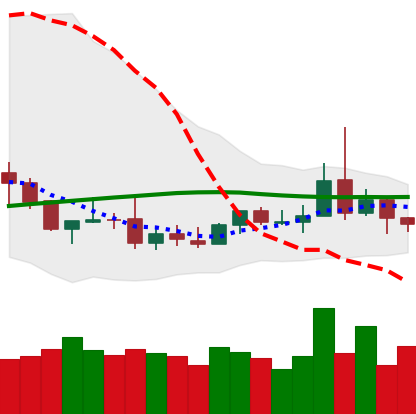
Ticker: DOGE-USD
Chart end date: 2019-08-09
Forward return: -6.267%
Label: down_5_7